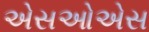
એસઓએસ